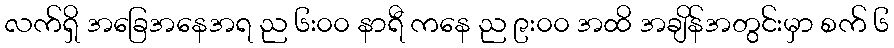
လက်ရှိ အခြေအနေအရ ည ၆း၀၀ နာရီ ကနေ ည ၉း၀၀ အထိ အချိန်အတွင်းမှာ စက် ၆